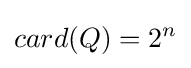
card(Q)=2^{n}